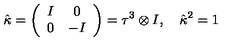
\hat { \kappa } = \left( \begin{array} { c c } { I } & { 0 } \\ { 0 } & { - I } \\ \end{array} \right) = \tau ^ { 3 } \otimes I , \quad \hat { \kappa } { } ^ { 2 } = 1